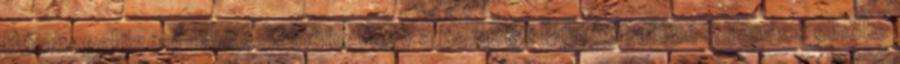
Bűnmegelőzési Tanács elnöke vagy a Nemzeti Bűnmegelőzési Tanács elnöke